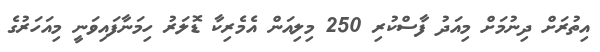
އިތުރަށް ދިނުމަށް މިއަދު ފާސްކުރި 250 މިލިއަން އެމެރިކާ ޑޮލަރު ހިމަނާފައިވަނީ މިއަހަރުގެ